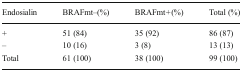
| Endosialin | BRAFmt–(%) | BRAFmt + (%) | Total (%) |
 | --- | --- | --- | --- |
 | + | 51 (84) | 35 (92) | 86 (87) |
 | – | 10 (16) | 3 (8) | 13 (13) |
 | Total | 61 (100) | 38 (100) | 99 (100) |